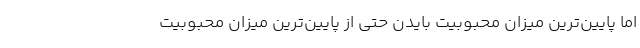
اما پایین‌ترین میزان محبوبیت بایدن حتی از پایین‌ترین میزان محبوبیت